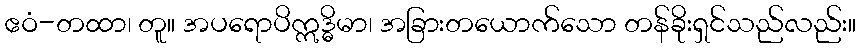
ဧဝံ-တထာ၊ တူ။ အပရောပိဣဒ္ဓိမာ၊ အခြားတယောက်သော တန်ခိုးရှင်သည်လည်း။